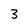
Character: 3